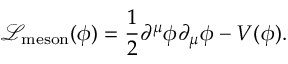
{ \mathcal { L } } _ { \mathrm { m e s o n } } ( \phi ) = { \frac { 1 } { 2 } } \partial ^ { \mu } \phi \partial _ { \mu } \phi - V ( \phi ) .